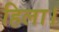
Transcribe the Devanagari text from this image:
हिला।